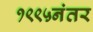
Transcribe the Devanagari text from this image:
१९९५नंतर